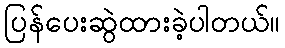
ပြန်ပေးဆွဲထားခဲ့ပါတယ်။